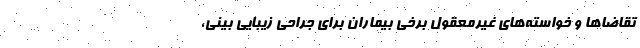
تقاضاها و خواسته‌های غیرمعقول برخی بیماران برای جراحی زیبایی بینی،